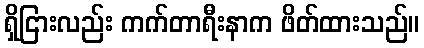
ရှိငြားလည်း ကက်တာရီးနာက ဖိတ်ထားသည်။